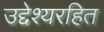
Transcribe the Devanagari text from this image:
उद्देश्यरहित